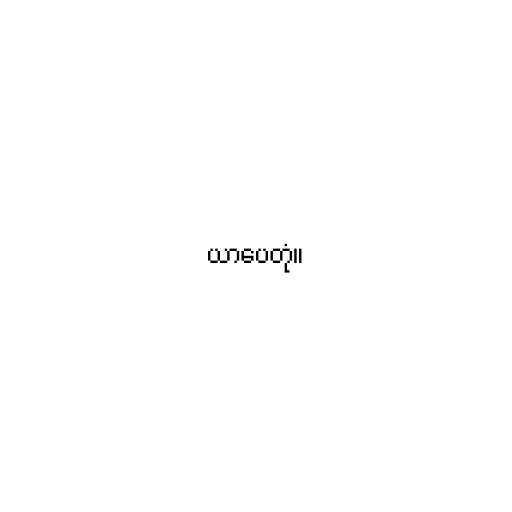
ယာပေတုံ။